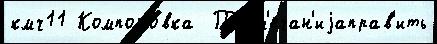
кмч11 Компоно́вка  Пр'им'ечан'иjаправ'ить